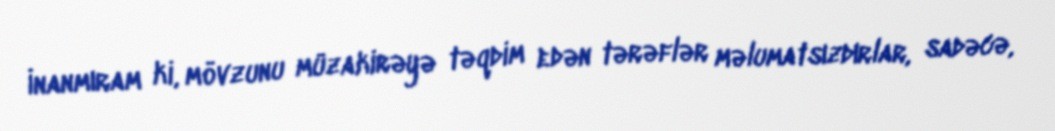
İnanmıram ki, mövzunu müzakirəyə təqdim edən tərəflər məlumatsızdırlar, sadəcə,